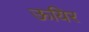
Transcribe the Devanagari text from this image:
ऊयिर